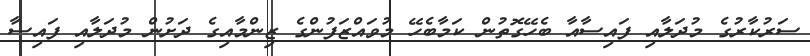
ސަރުކާރުގެ މުދަލާއި ފައިސާއާ ބެހޭގޮތުން ކަމާބެހޭ މުވައްޒަފުންގެ ޒިންމާއިގެ ދަށުން މުދަލާއި ފައިސާ